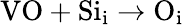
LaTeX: \mathrm{VO}+\mathrm{Si}_{\mathrm{i}}\to\mathrm{O}_{\mathrm{i}}